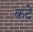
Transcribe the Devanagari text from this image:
कदे